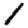
Digit: 1